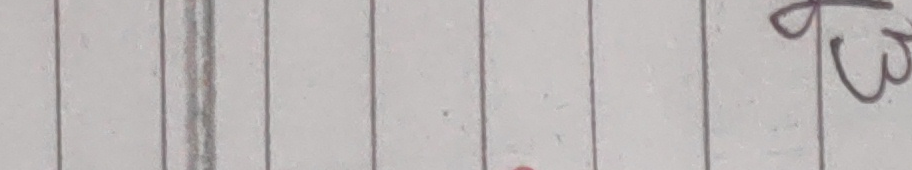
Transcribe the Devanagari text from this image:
क3